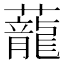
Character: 蘢